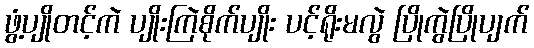
ဖွံ့ပျိုတင့်ကဲ ပျိုးကြဲစိုက်ပျိုး ပင့်ရိုးမလွဲ ပြိုကွဲပြိုပျက်